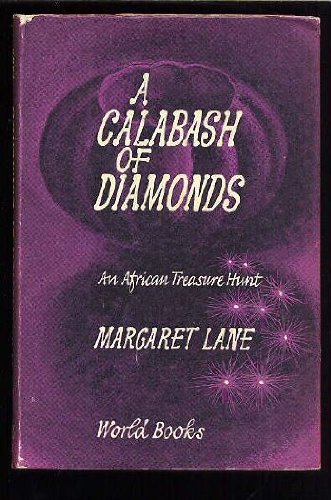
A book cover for A calabash of diamonds: An African treasure hunt; Margaret Lane; Travel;